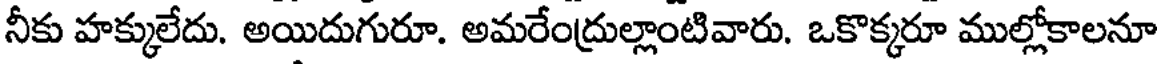
నీకు హక్కులేదు. అయిదుగురూ. అమరేంద్రుల్లాంటివారు. ఒకొక్కరూ ముల్లోకాలనూ